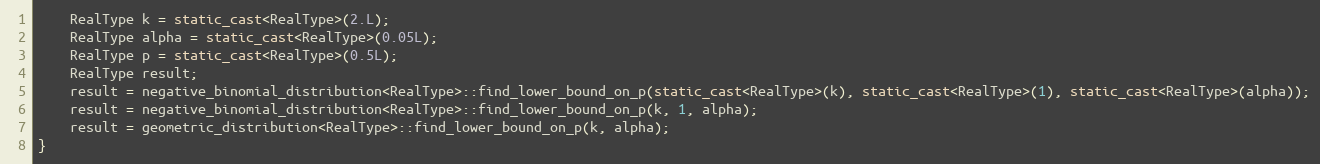
Language: C++
    RealType k = static_cast<RealType>(2.L);
    RealType alpha = static_cast<RealType>(0.05L);
    RealType p = static_cast<RealType>(0.5L);
    RealType result;
    result = negative_binomial_distribution<RealType>::find_lower_bound_on_p(static_cast<RealType>(k), static_cast<RealType>(1), static_cast<RealType>(alpha));
    result = negative_binomial_distribution<RealType>::find_lower_bound_on_p(k, 1, alpha);
    result = geometric_distribution<RealType>::find_lower_bound_on_p(k, alpha);
}